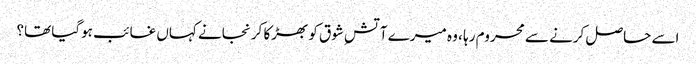
اسے حاصل کرنے سے محروم رہا ، وہ میرے آتشِ شوق کو بھڑکا کر نجانے کہاں غائب ہوگیا تھا؟